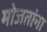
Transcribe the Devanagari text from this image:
मोजतांना